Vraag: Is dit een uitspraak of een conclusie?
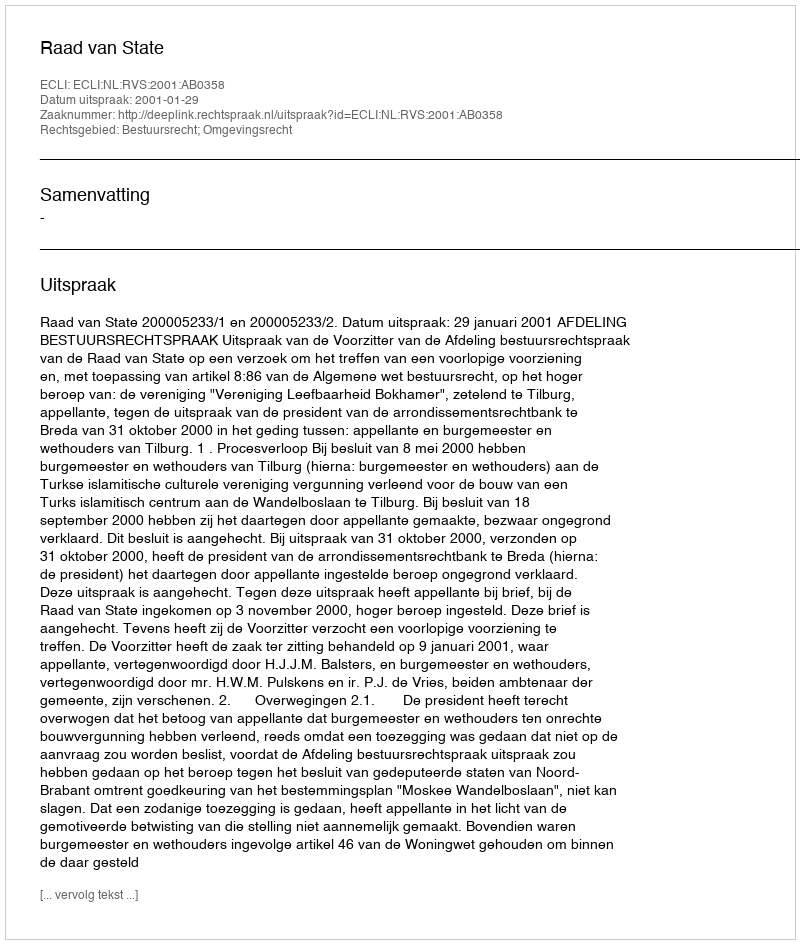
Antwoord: Uitspraak